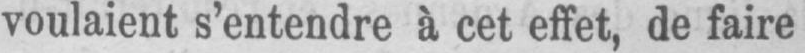
voulaient s’entendre à cet effet, de faire